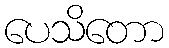
ပေသိတော